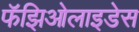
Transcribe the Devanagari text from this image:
फॅझिओलाइडेस